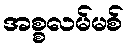
အစ္စလမ်မစ်